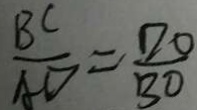
\frac { B C } { A D } = \frac { D O } { B O }